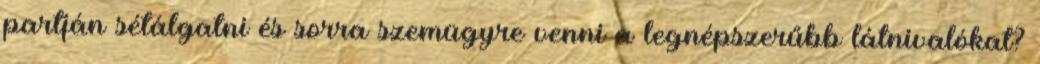
partján sétálgatni és sorra szemügyre venni a legnépszerűbb látnivalókat?